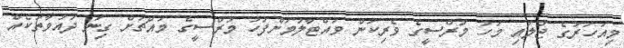
މިއަހަރުގެ ޖުލައި މަހު މުރްސީގެ ވެރިކަން ވައްޓާލުމަށްފަހު މުރްސީގެ މައްޗަށް ގިނަ ދައުވާތަކެއް